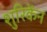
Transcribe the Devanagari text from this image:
शुरिकेंन